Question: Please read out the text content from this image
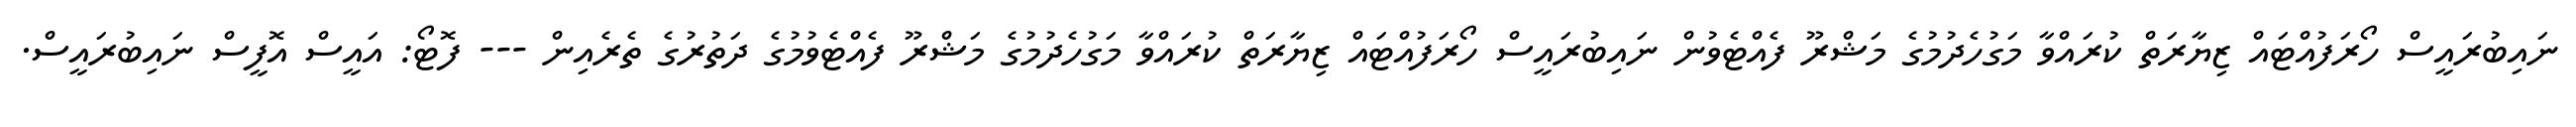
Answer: ނައިބުރައީސް ހޯރަފުއްޓައް ޒިޔާރަތް ކުރައްވާ މަގުހެދުމުގެ މަޝްރޫ ފެއްޓެވުން ނައިބުރައީސް ހޯރަފުއްޓައް ޒިޔާރަތް ކުރައްވާ މަގުހެދުމުގެ މަޝްރޫ ފެއްޓެވުމުގެ ދަތުރުގެ ތެރެއިން --- ފޮޓޯ: އައީސް އޮފީސް ނައިބުރައީސް.